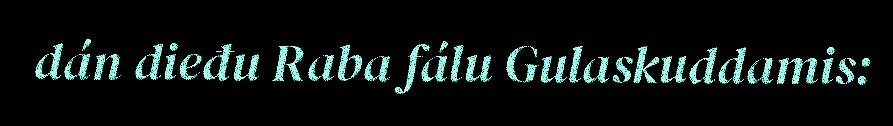
dán dieđu Raba fálu Gulaskuddamis: